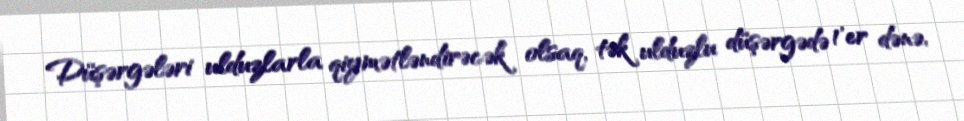
Düşərgələri ulduzlarla qiymətləndirəcək olsaq, tək ulduzlu düşərgədə 1'er dənə,